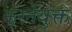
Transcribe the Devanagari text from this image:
झरनेयुक्त